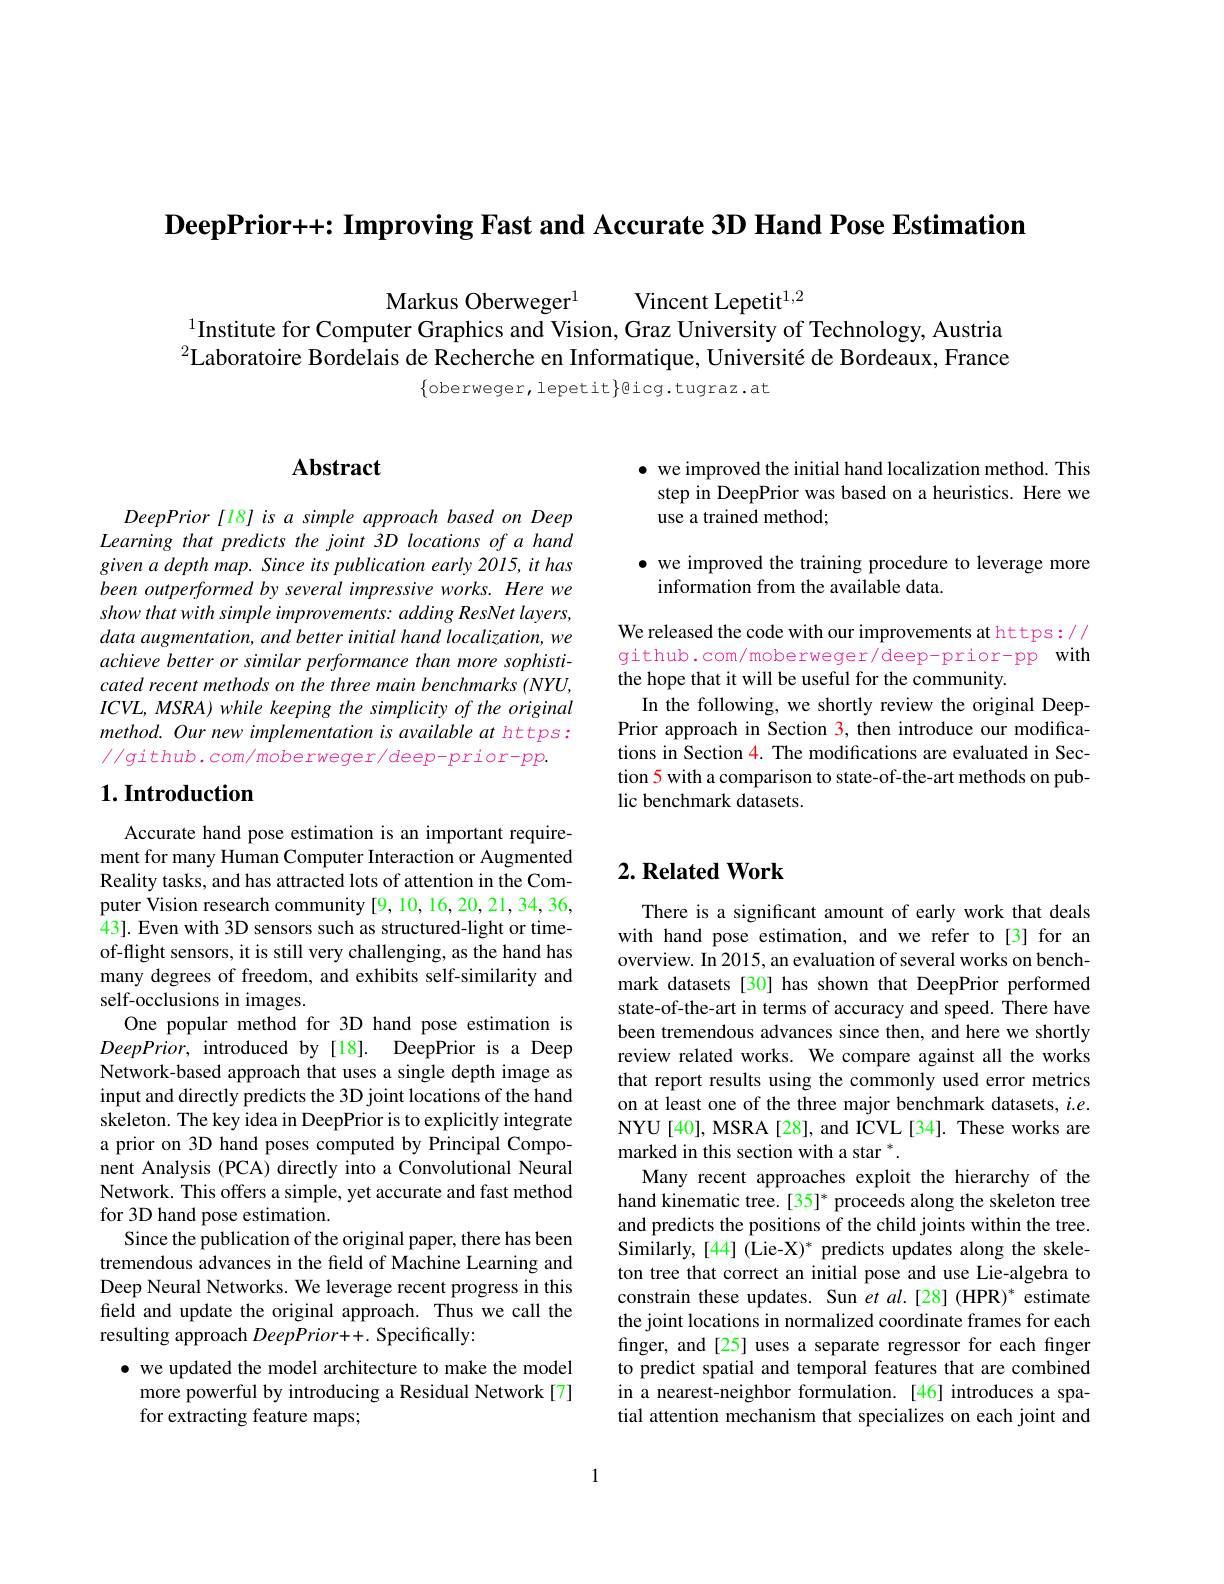
$\textbf{DeepPrior+ + : Improving Fast and Accurate 3D Hand Pose Estimation}$

Markus Oberweger$^{1}$
Vincent Lepetit$^{1,2}$
$^{1}$Institute for Computer Graphics and Vision, Graz University of Technology, Austria $^2\dot{\text{Laboratoire Bordelais de Recherche en Informatique, Université de Bordeaux, France}}$
$\{$oberweger,lepetit$\}$eicg.tugraz.at

$\bullet$ we improved the initial hand localization method. This
step in DeepPrior was based on a heuristics. Here we
use a trained method;

$\bullet$ we improved the training procedure to leverage more
information from the available data.

We released the code with our improvements at https: // github.com/moberweger/deep-prior-pp with the hope that it will be useful for the community.
In the following, we shortly review the original DeepPrior approach in Section 3, then introduce our modifications in Section 4. The modifications are evaluated in Section 5 with a comparison to state-of-the-art methods on public benchmark datasets.

# Abstract

$DeepPrior[18]isasimpleapproachbasedonDeep$ Learning that predicts the joint 3D locations of a hand given a depth map. Since its publication early 2015, it has been outperformed by several impressive works. Here we show that with simple improvements: adding ResNet layers, data augmentation, and better initial hand localization, we achieve better or similar performance than more sophisticated recent methods on the three main benchmarks (NYU, ICVL, MSRA) while keeping the simplicity of the original method. Our new implementation is available at https: $//g$ithub. com/moberweger/deep-prior-pp.

## $1. \textbf{Introduction}$

Accurate hand pose estimation is an important requirement for many Human Computer Interaction or Augmented Reality tasks, and has attracted lots of attention in the Computer Vision research community [9,10,16,20,21,34,36, 43]. Even with 3D sensors such as structured-light or timeof-flight sensors, it is still very challenging, as the hand has many degrees of freedom, and exhibits self-similarity and self-occlusions in images.
One popular method for 3D hand pose estimation is $DeepPrior$, introduced by[18]. DeepPrior is a Deep Network-based approach that uses a single depth image as input and directly predicts the 3D joint locations of the hand skeleton. The key idea in DeepPrior is to explicitly integrate a prior on 3D hand poses computed by Principal Component Analysis (PCA) directly into a Convolutional Neural Network. This offers a simple, yet accurate and fast method for 3D hand pose estimation.
Since the publication of the original paper, there has been tremendous advances in the field of Machine Learning and Deep Neural Networks. We leverage recent progress in this field and update the original approach. Thus we call the resulting approach DeepPrior+. Specifically:
$\bullet$ we updated the model architecture to make the model

more powerful by introducing a Residual Network[7]
for extracting feature maps;

## $2. \textbf{ Related Work}$

There is a significant amount of early work that deals with hand pose estimation, and we refer to[3] for an overview. In 2015, an evaluation of several works on benchmark datasets [30] has shown that DeepPrior performed state-of-the-art in terms of accuracy and speed. There have been tremendous advances since then, and here we shortly review related works. We compare against all the works that report results using the commonly used error metrics on at least one of the three major benchmark datasets, $i.e.$ NYU[40], MSRA[28], and ICVL[34]. These works are marked in this section with a star $^*.$
Many recent approaches exploit the hierarchy of the hand kinematic tree. [35]* proceeds along the skeleton tree and predicts the positions of the child joints within the tree. Similarly, [44] (Lie-X)* predicts updates along the skeleton tree that correct an initial pose and use Lie-algebra to constrain these updates. Sun et al.[28] (HPR)* estimate the joint locations in normalized coordinate frames for each finger, and[25] uses a separate regressor for each finger to predict spatial and temporal features that are combined in a nearest-neighbor formulation.[46] introduces a spatial attention mechanism that specializes on each joint and

1